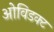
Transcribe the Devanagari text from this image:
ओविडक्ट